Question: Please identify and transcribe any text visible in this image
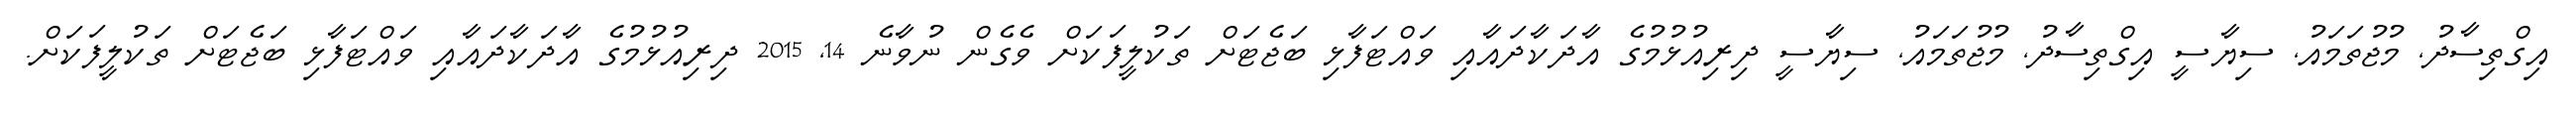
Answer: އިގްތިސާދު, މުޖުތަމައު, ސިޔާސީ އިގްތިސާދު, މުޖުތަމައު, ސިޔާސީ ދިރިއުޅުމުގެ އާދަކާދައާއި ވައްޓަފާޅި ބަޖެޓަށް ތަކުލީފަކަށް ވެގެން ނުވާނެ 14, 2015 ދިރިއުޅުމުގެ އާދަކާދައާއި ވައްޓަފާޅި ބަޖެޓަށް ތަކުލީފަކަށް.